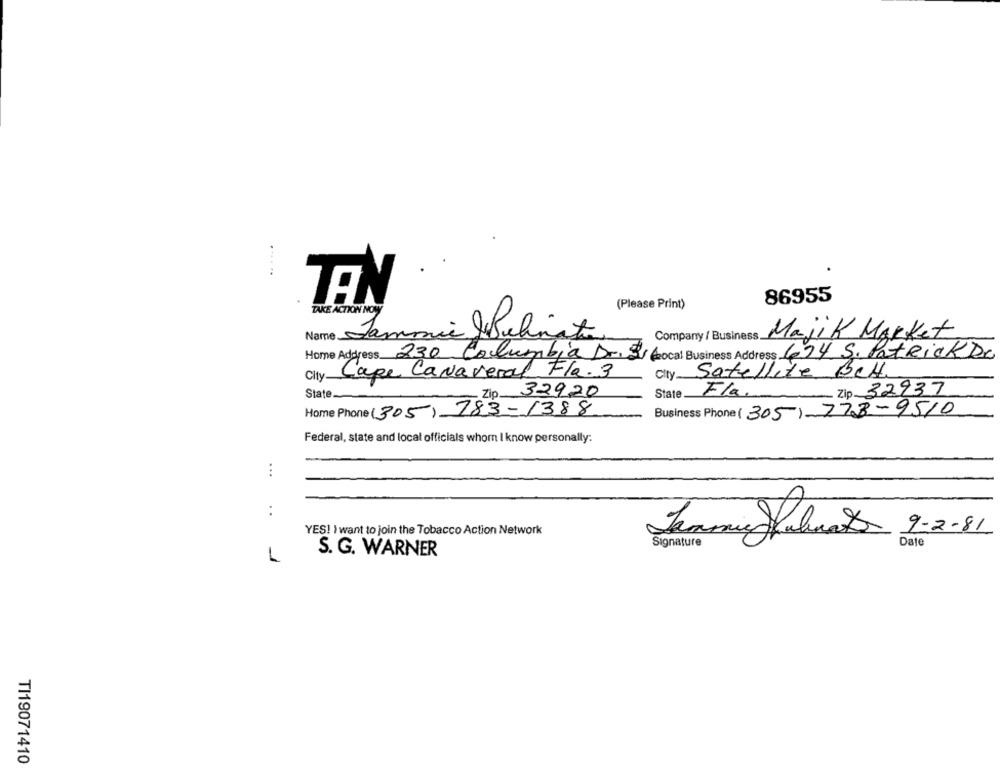
86955
TEN
(Please Print)
TAKE ACTION NOWY
Name.
Tammie felpato
Company / Business
Majik Market
Home Address 230 Columbia Dr. 31 local Business Address 694 S. Patrick De
City-
Cape Canaveral Fla. 3
City Satellite Bett.
Zip 32937
State.
Zip.
32920
State_
Fla.
Home Phone (305) 783-1388
Business Phone (305) 773-9510
Federal, state and local officials whom I know personally:
:
:
YES! ) want to join the Tobacco Action Network
9-2-81
Jimmy Plus
Signature
Date
S. G. WARNER
L
TI19071410